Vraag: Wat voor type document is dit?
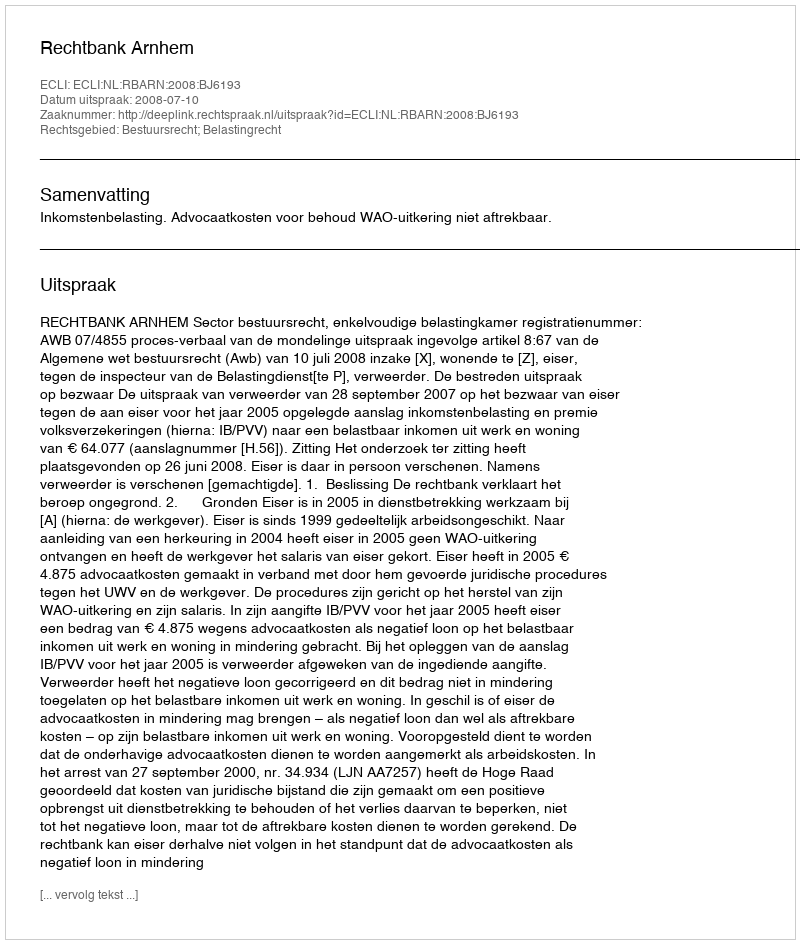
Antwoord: Uitspraak